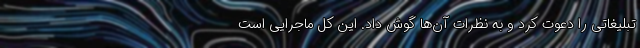
تبلیغاتی را دعوت کرد و به نظرات ‌آن‌ها گوش داد. این کل ماجرایی است